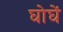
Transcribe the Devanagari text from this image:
घोघें